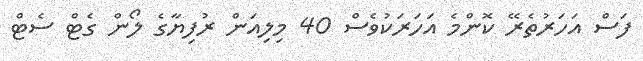
ފަސް އަހަރުތެރޭ ކޮންމެ އަހަރަކުވެސް 40 މިލިއަން ރުފިޔާގެ ލޯން ގެޓް ސެޓް